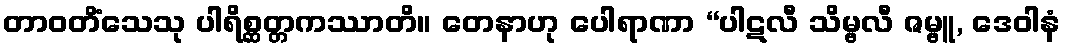
တာဝတိံသေသု ပါရိစ္ဆတ္တကဿာတိ။ တေနာဟု ပေါရာဏာ “ပါဋလီ သိမ္ဗလီ ဇမ္ဗူ, ဒေဝါနံ